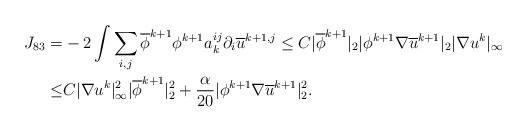
\begin{align*}J_{83}=&-2\int \sum_{i,j} \overline{\phi}^{k+1}\phi^{k+1} a^{ij}_k\partial_i \overline{u}^{k+1,j}\leq C| \overline{\phi}^{k+1}|_2 |\phi^{k+1}\nabla\overline{u}^{k+1}|_2|\nabla u^k|_\infty \\\leq & C|\nabla u^k|^2_\infty| \overline{\phi}^{k+1}|^2_2+\frac{\alpha}{20} |\phi^{k+1}\nabla\overline{u}^{k+1}|^2_2.\end{align*}